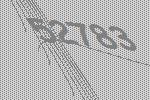
52783